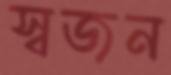
স্বজন